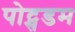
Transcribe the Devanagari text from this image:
पोट्सडम